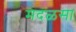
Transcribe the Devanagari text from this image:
मदळसा